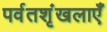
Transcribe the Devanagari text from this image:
पर्वतशृंखलाएँ